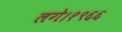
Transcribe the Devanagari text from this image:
लगे।१९६६